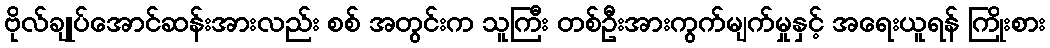
ဗိုလ်ချုပ်အောင်ဆန်းအားလည်း စစ် အတွင်းက သူကြီး တစ်ဦးအားကွက်မျက်မှုနှင့် အရေးယူရန် ကြိုးစား